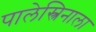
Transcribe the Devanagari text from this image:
पालेस्त्रिनाला